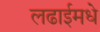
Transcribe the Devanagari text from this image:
लढाईमधे